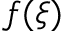
f ( \xi )